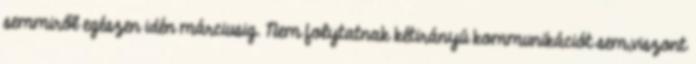
semmiről egészen idén márciusig. Nem folytatnak kétirányú kommunikációt sem,viszont